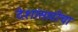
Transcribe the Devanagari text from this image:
देशांसाठीचा